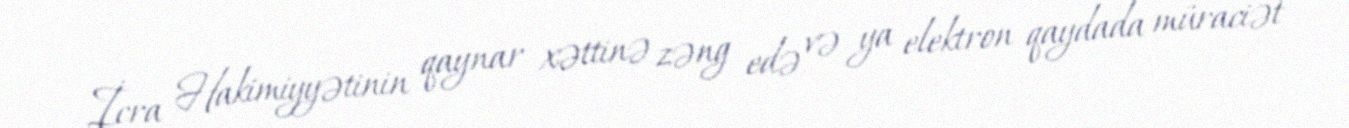
İcra Hakimiyyətinin qaynar xəttinə zəng edə və ya elektron qaydada müraciət